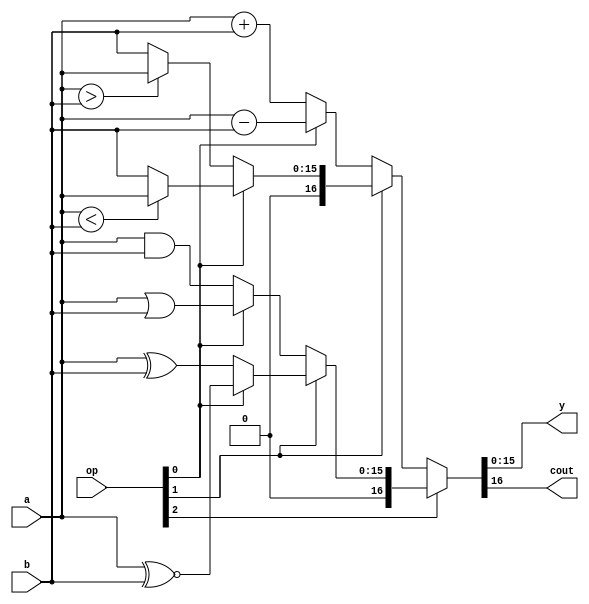
// 4109061012
module ALU(
    input [15:0] a,
    input [15:0] b,
    input [2:0] op,
    output [15:0] y,
    output cout
    );

    wire [16:0] q1, q2, q3, q4, q5, q6, q7, q8, Q1, Q2;

    assign q1 = a + b;  // arithmetic operations
    assign q2 = a - b;
    assign q3 = {1'b0, (a>b) ? a : b};
    assign q4 = {1'b0, (a<b) ? a : b};
    assign Q1 = op[1] ? (op[0] ? q4 : q3) : (op[0] ? q2 : q1);  // 4:1 MUX

    assign q5 = {1'b0, a & b};  // logic operations
    assign q6 = {1'b0, a | b};
    assign q7 = {1'b0, a ^ b};
    assign q8 = {1'b0, a ~^ b};
    assign Q2 = op[1] ? (op[0] ? q8 : q7) : (op[0] ? q6 : q5);  // 4:1 MUX

    assign {cout, y} = op[2] ? Q2 : Q1;  // 2:1 MUX
endmodule